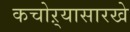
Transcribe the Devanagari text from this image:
कचोऱ्यासारखे